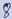
Text: 8